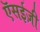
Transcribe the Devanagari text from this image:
ऍसईज़ी